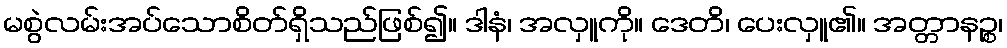
မစွဲလမ်းအပ်သောစိတ်ရှိသည်ဖြစ်၍။ ဒါနံ၊ အလှူကို။ ဒေတိ၊ ပေးလှူ၏။ အတ္တာနဉ္စ၊